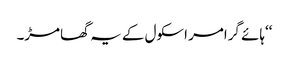
‘‘ہائے گرامر اسکول کے یہ گھامڑ۔